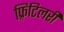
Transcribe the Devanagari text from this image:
फ़्रिटिलरी